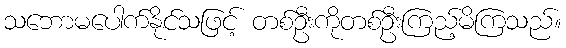
သဘောမပေါက်နိုင်သဖြင့် တစ်ဦးကိုတစ်ဦးကြည့်မိကြသည်။